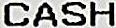
CASH